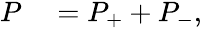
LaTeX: \begin{array}{rl}{P}&{{}=P_{+}+P_{-},}\end{array}